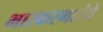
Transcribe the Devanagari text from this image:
भास्करभटांचे